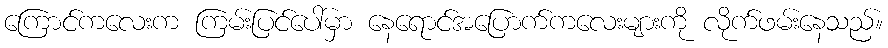
ကြောင်ကလေးက ကြမ်းပြင်ပေါ်မှာ နေရောင်အပြောက်ကလေးများကို လိုက်ဖမ်းနေသည်။